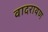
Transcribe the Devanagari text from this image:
वादरायण